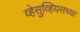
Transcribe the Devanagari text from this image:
व्हेसुव्हियसच्या